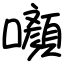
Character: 㘖